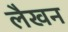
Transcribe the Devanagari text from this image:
लैखन